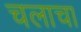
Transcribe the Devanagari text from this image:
चलाचा